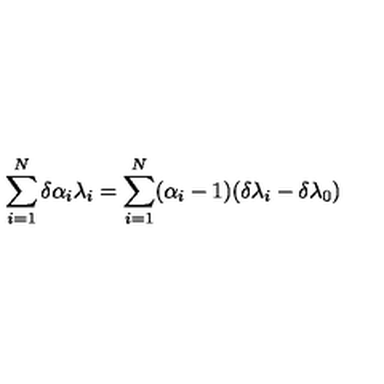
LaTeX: \sum _ { i = 1 } ^ { N } \delta \alpha _ { i } \lambda _ { i } = \sum _ { i = 1 } ^ { N } ( \alpha _ { i } - 1 ) ( \delta \lambda _ { i } - \delta \lambda _ { 0 } )